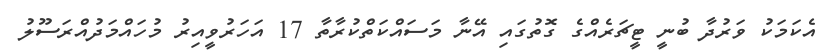
އެކަމަކު ވަރުދާ ބުނީ ޓީޗަރެއްގެ ގޮތުގައި އޭނާ މަސައްކަތްކުރާތާ 17 އަހަރުވީއިރު މުހައްމަދުއްރަސޫލު